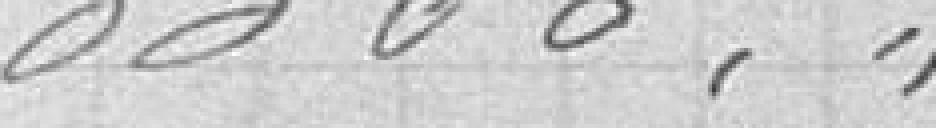
3300